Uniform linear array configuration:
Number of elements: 8
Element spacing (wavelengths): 0.75
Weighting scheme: uniform
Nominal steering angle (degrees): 60
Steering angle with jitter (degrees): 59.546
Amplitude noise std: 0.05
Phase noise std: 0.05

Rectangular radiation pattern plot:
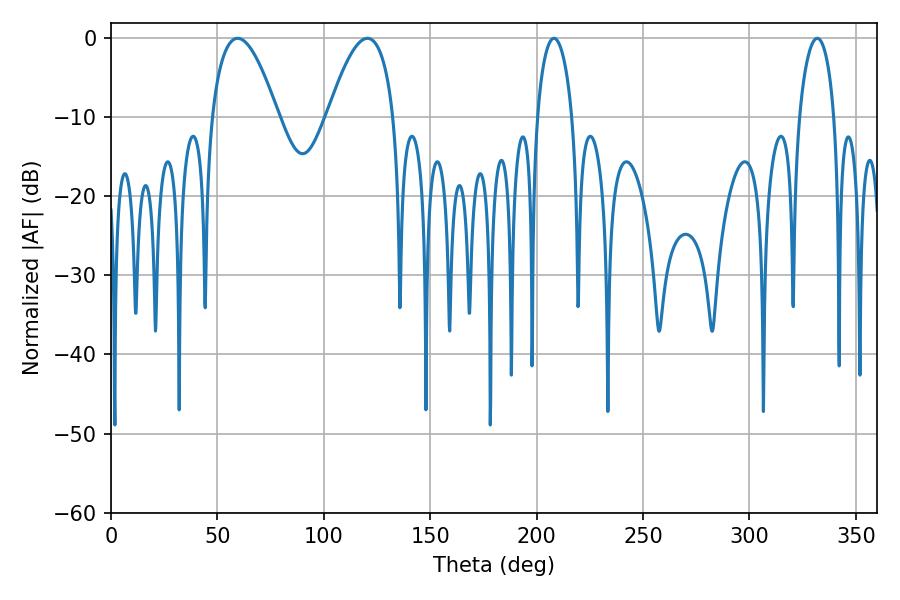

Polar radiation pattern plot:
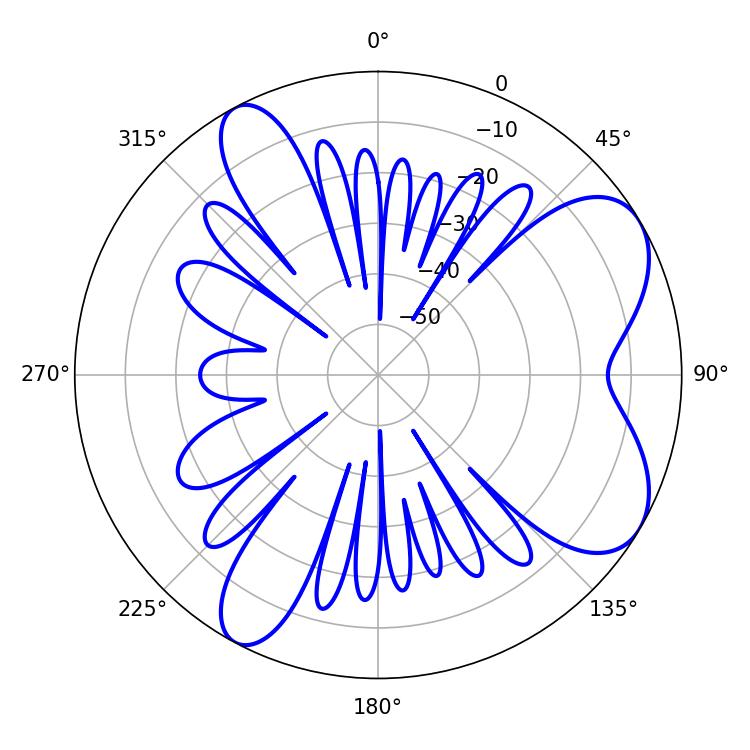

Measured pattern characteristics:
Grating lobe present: TRUE
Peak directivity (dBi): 7.049
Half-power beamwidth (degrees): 17.1
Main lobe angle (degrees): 59.58